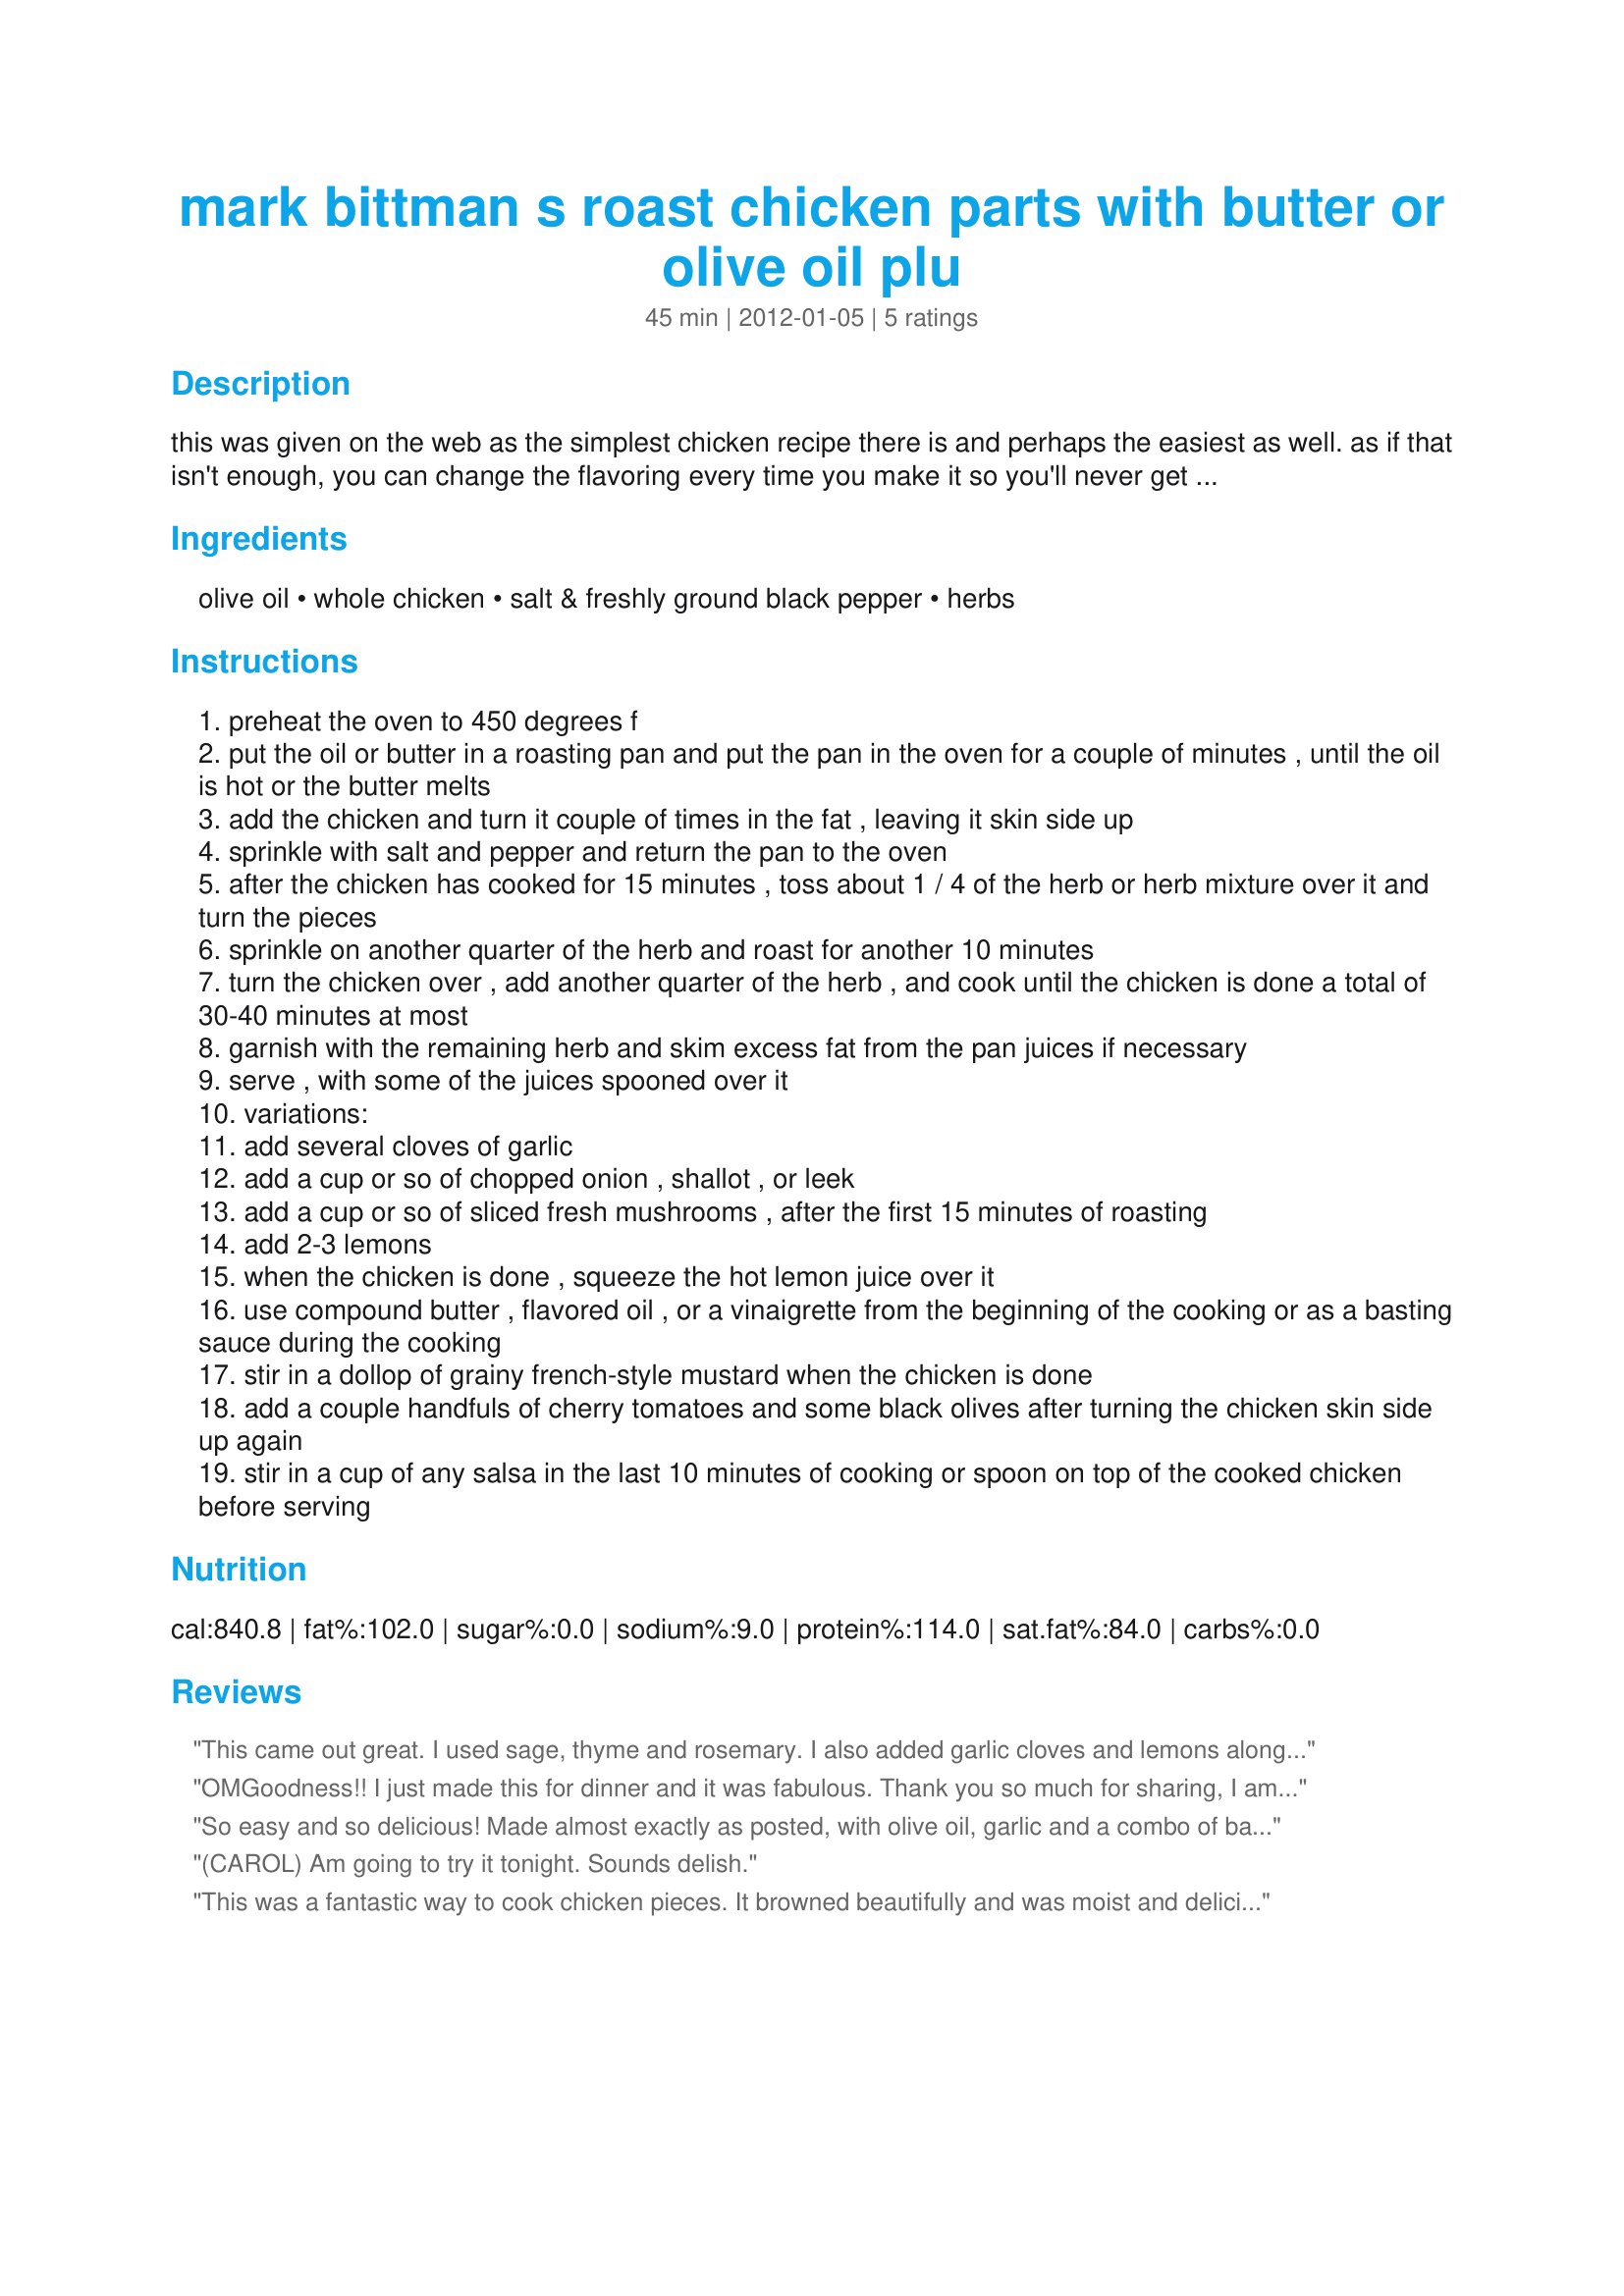
mark bittman s roast chicken parts with butter or olive oil plu
Preparation time: 45 minutes

this was given on the web as the simplest chicken recipe there is and perhaps the easiest as well. as if that isn't enough, you can change the flavoring every time you make it so you'll never get tired of it, either.
for example, you may substitute a combination of herbs for the single herb in the ingredients. also check the variations for other flavorings. in the comments following this recipe some responders criticized the name of this recipe as being gross, citing the "chicken parts." if you come up with a better name, i hope you'll share it with the rest of us!

Ingredients:
olive oil, whole chicken, salt & freshly ground black pepper, herbs

Steps:
preheat the oven to 450 degrees f
put the oil or butter in a roasting pan and put the pan in the oven for a couple of minutes , until the oil is hot or the butter melts
add the chicken and turn it couple of times in the fat , leaving it skin side up
sprinkle with salt and pepper and return the pan to the oven
after the chicken has cooked for 15 minutes , toss about 1 / 4 of the herb or herb mixture over it and turn the pieces
sprinkle on another quarter of the herb and roast for another 10 minutes
turn the chicken over , add another quarter of the herb , and cook until the chicken is done a total of 30-40 minutes at most
garnish with the remaining herb and skim excess fat from the pan juices if necessary
serve , with some of the juices spooned over it
variations:
add several cloves of garlic
add a cup or so of chopped onion , shallot , or leek
add a cup or so of sliced fresh mushrooms , after the first 15 minutes of roasting
add 2-3 lemons
when the chicken is done , squeeze the hot lemon juice over it
use compound butter , flavored oil , or a vinaigrette from the beginning of the cooking or as a basting sauce during the cooking
stir in a dollop of grainy french-style mustard when the chicken is done
add a couple handfuls of cherry tomatoes and some black olives after turning the chicken skin side up again
stir in a cup of any salsa in the last 10 minutes of cooking or spoon on top of the cooked chicken before serving

Reviews:
This came out great. I used sage, thyme and rosemary. I also added garlic cloves and lemons along with some home made vinaigrette.
OMGoodness!! I just made this for dinner and it was fabulous. Thank you so much for sharing, I am adding it to my regular recipes.
So easy and so delicious! Made almost exactly as posted, with olive oil, garlic and a combo of basil, oregano and rosemary; also cut up some potatoes to roast next to the chicken. At the final 'turning,' I topped the chicken with herbs as described and also added a couple of tablespoons of fresh lemon juice.
(CAROL) Am going to try it tonight. Sounds delish.
This was a fantastic way to cook chicken pieces. It browned beautifully and was moist and delicious. <br/><br/>We added thick cut onion slices, baby portabella mushrooms, and half an orange to the pan and the cooked orange was great for squeezing over the finished chicken. (We added the mushrooms and onions to our potatoes and gravy we had with the meal--great tasting!)<br/><br/>We changed up the seasoning a bit--I made a mixture of olive oil and melted butter, and to that added a generous amount of Greek seasoning blend and some seasoning salt. We brushed it liberally under the skin and on the outside, then placed the chicken pieces into the oiled/heated roasting pan. Cooked according to directions. LOVED it!
